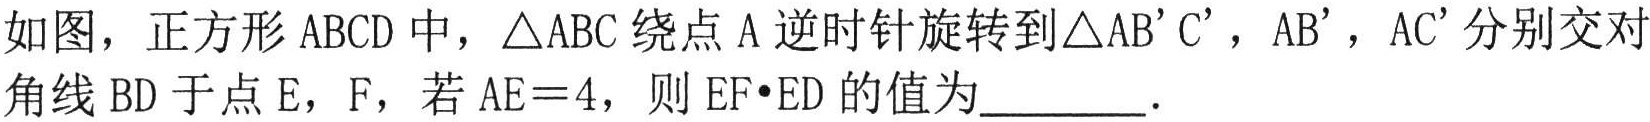
如图，正方形$ABCD$中，$\triangle ABC$绕点$A$逆时针旋转到$\triangle AB'C'$，$AB'$，$AC'$分别交对角线$BD$于点$E$，$F$，若$AE = 4$，则$EF\cdot ED$的值为________．